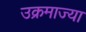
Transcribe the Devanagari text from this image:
उक्रमाज्या